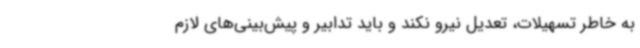
به خاطر تسهیلات، تعدیل نیرو نکند و باید تدابیر و پیش‌بینی‌های لازم